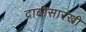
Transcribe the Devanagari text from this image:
दाढीसारखी